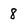
Character: 8